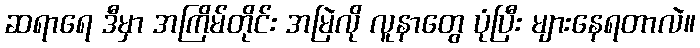
ဆရာရေ ဒီမှာ အကြိမ်တိုင်း အမြဲလို လူနာတွေ ပုံပြီး များနေရတာလဲ။